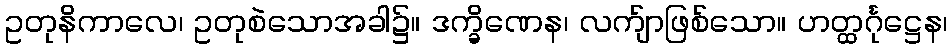
ဥတုနိကာလေ၊ ဥတုစဲသောအခါ၌။ ဒက္ခိဏေန၊ လက်ျာဖြစ်သော။ ဟတ္ထင်္ဂုဋ္ဌေန၊